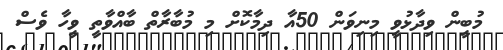
މުބީން ވިދާޅުވީ މިނިވަން 50އާ ދިމާކޮށް މި މުބާރާތް ބާއްވާތީ ވީހާ ވެސް